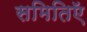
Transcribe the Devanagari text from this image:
समितिऍ